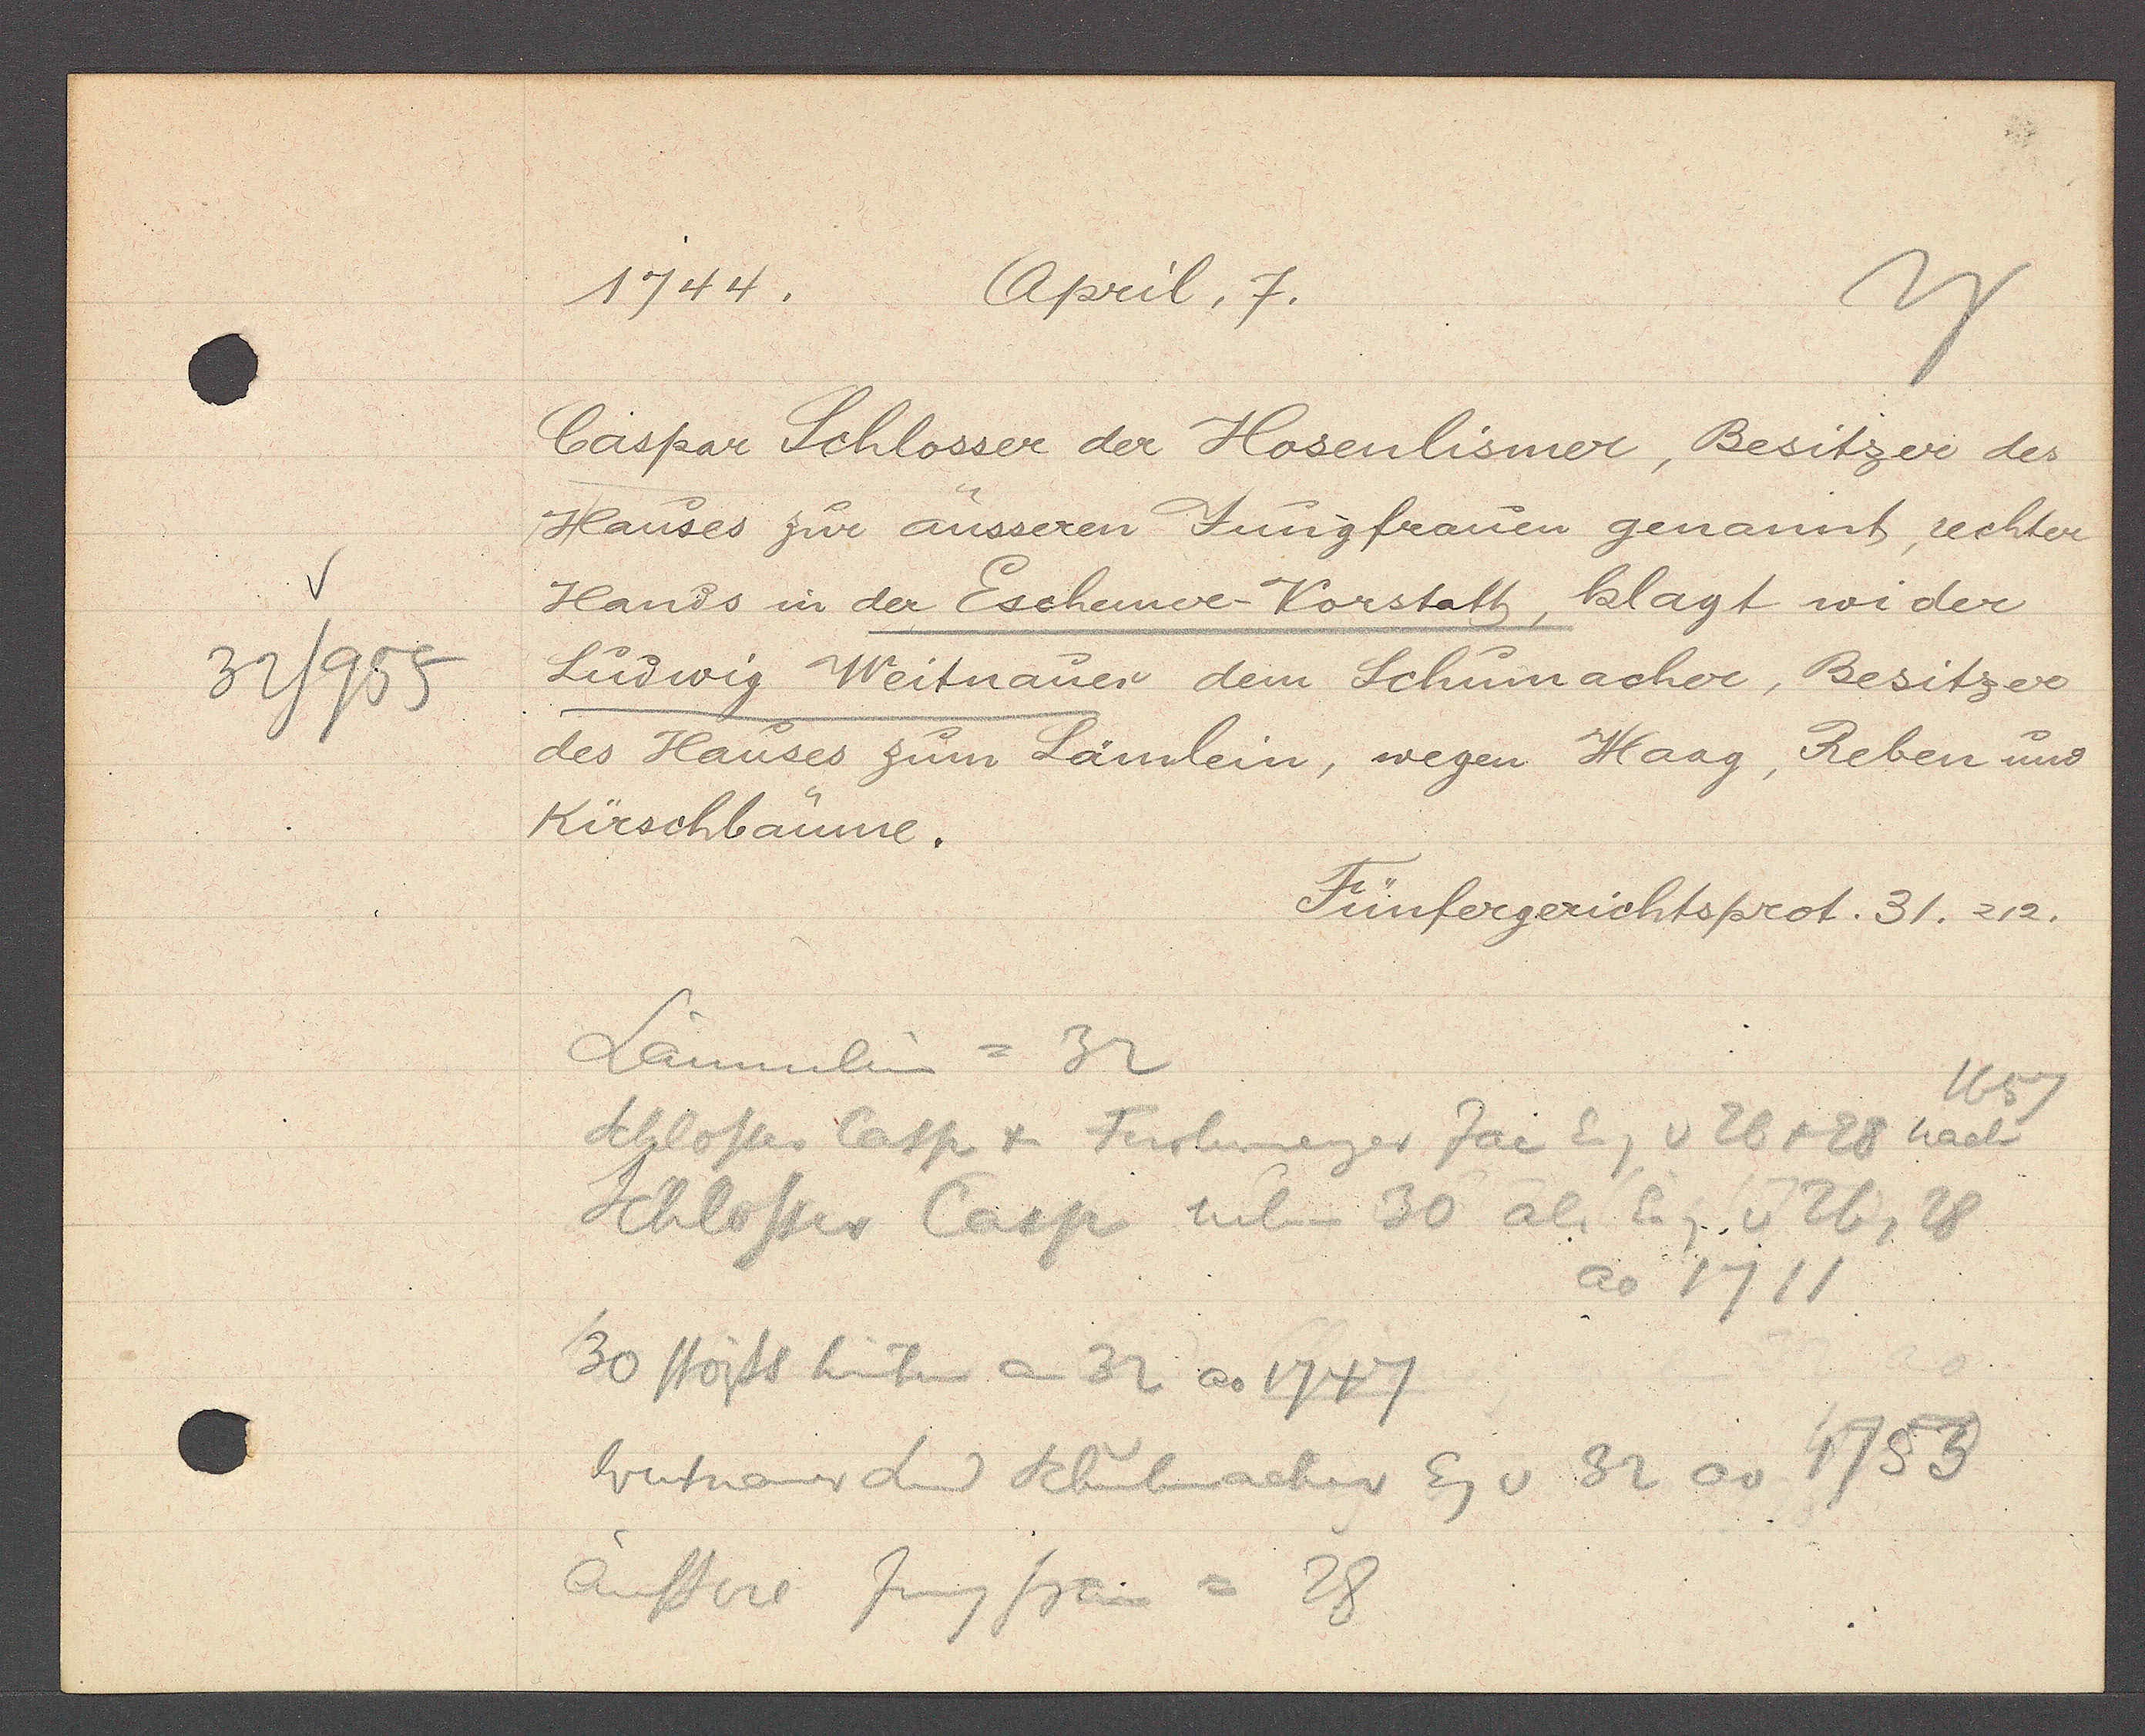
Transcript:
32/955

1744.
April, 7.

Caspar Schlosser der Hosenlismer, Besitzer des
Hauses zur äusseren Jungfrauen genannt, rechter
Hands in der Eschemer Vorstatt, klagt wider
Ludwig Weitnauer dem Schumacher, Besitzer
des Hauses zum Lämlein, wegen Haag, Reben und
Kirschbäume.

Lämmlein = 32
1657
Schlosser Casp + Farbmeyer Jac Eg v 26 + 28 nach
Schlosser Casp neben 30 al. Eg. v 26, 28
ao 1711
30 stösst hinten an 32 ao 1747
Weitnauer Schuhmacher Eg v 32 ao 1753
äussere
Junugfrau = 28

Fünfergerichtsprot. 31. 212.